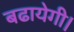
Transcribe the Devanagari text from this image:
बढायेगी।